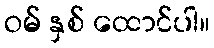
ဝမ် နှစ် ထောင်ပါ။